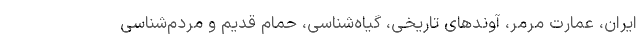
ایران، عمارت مرمر، آوندهای تاریخی، گیاه‌شناسی، حمام قدیم و مردم‌شناسی